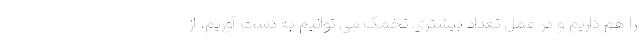
را هم داریم و در عمل تعداد بیشتری تخمک می توانیم به دست آوریم، از